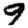
Digit: 9